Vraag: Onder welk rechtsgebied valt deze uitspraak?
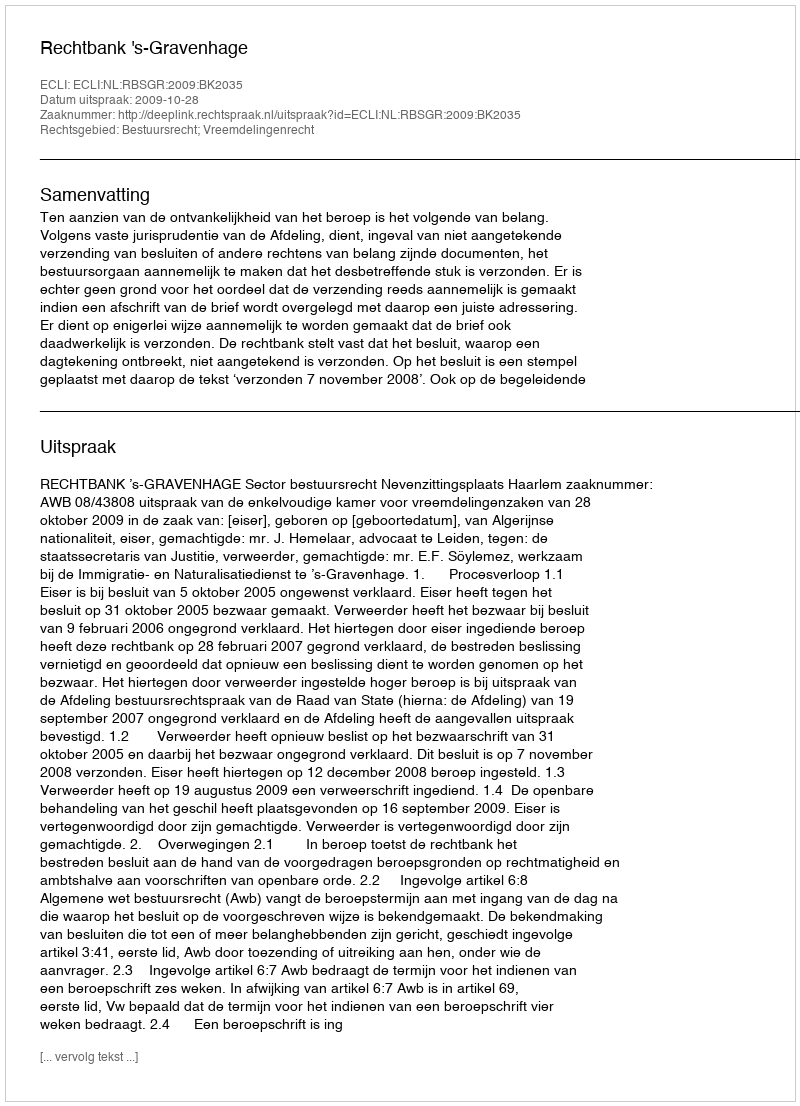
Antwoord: Bestuursrecht; Vreemdelingenrecht